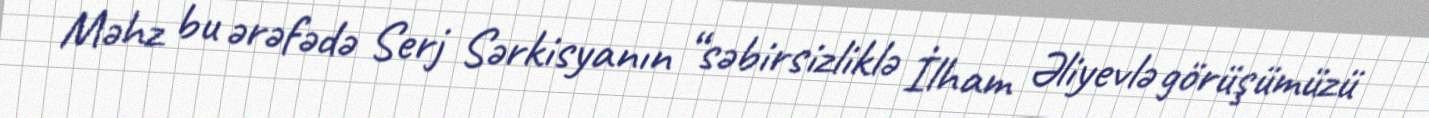
Məhz bu ərəfədə Serj Sərkisyanın “səbirsizliklə İlham Əliyevlə görüşümüzü